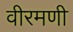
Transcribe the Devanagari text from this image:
वीरमणी